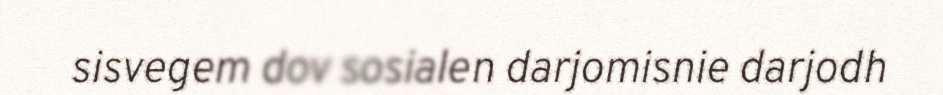
sisvegem dov sosialen darjomisnie darjodh